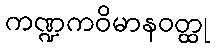
ကဏ္ဍကဝိမာနဝတ္ထု